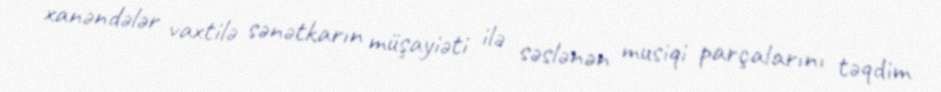
xanəndələr vaxtilə sənətkarın müşayiəti ilə səslənən musiqi parçalarını təqdim